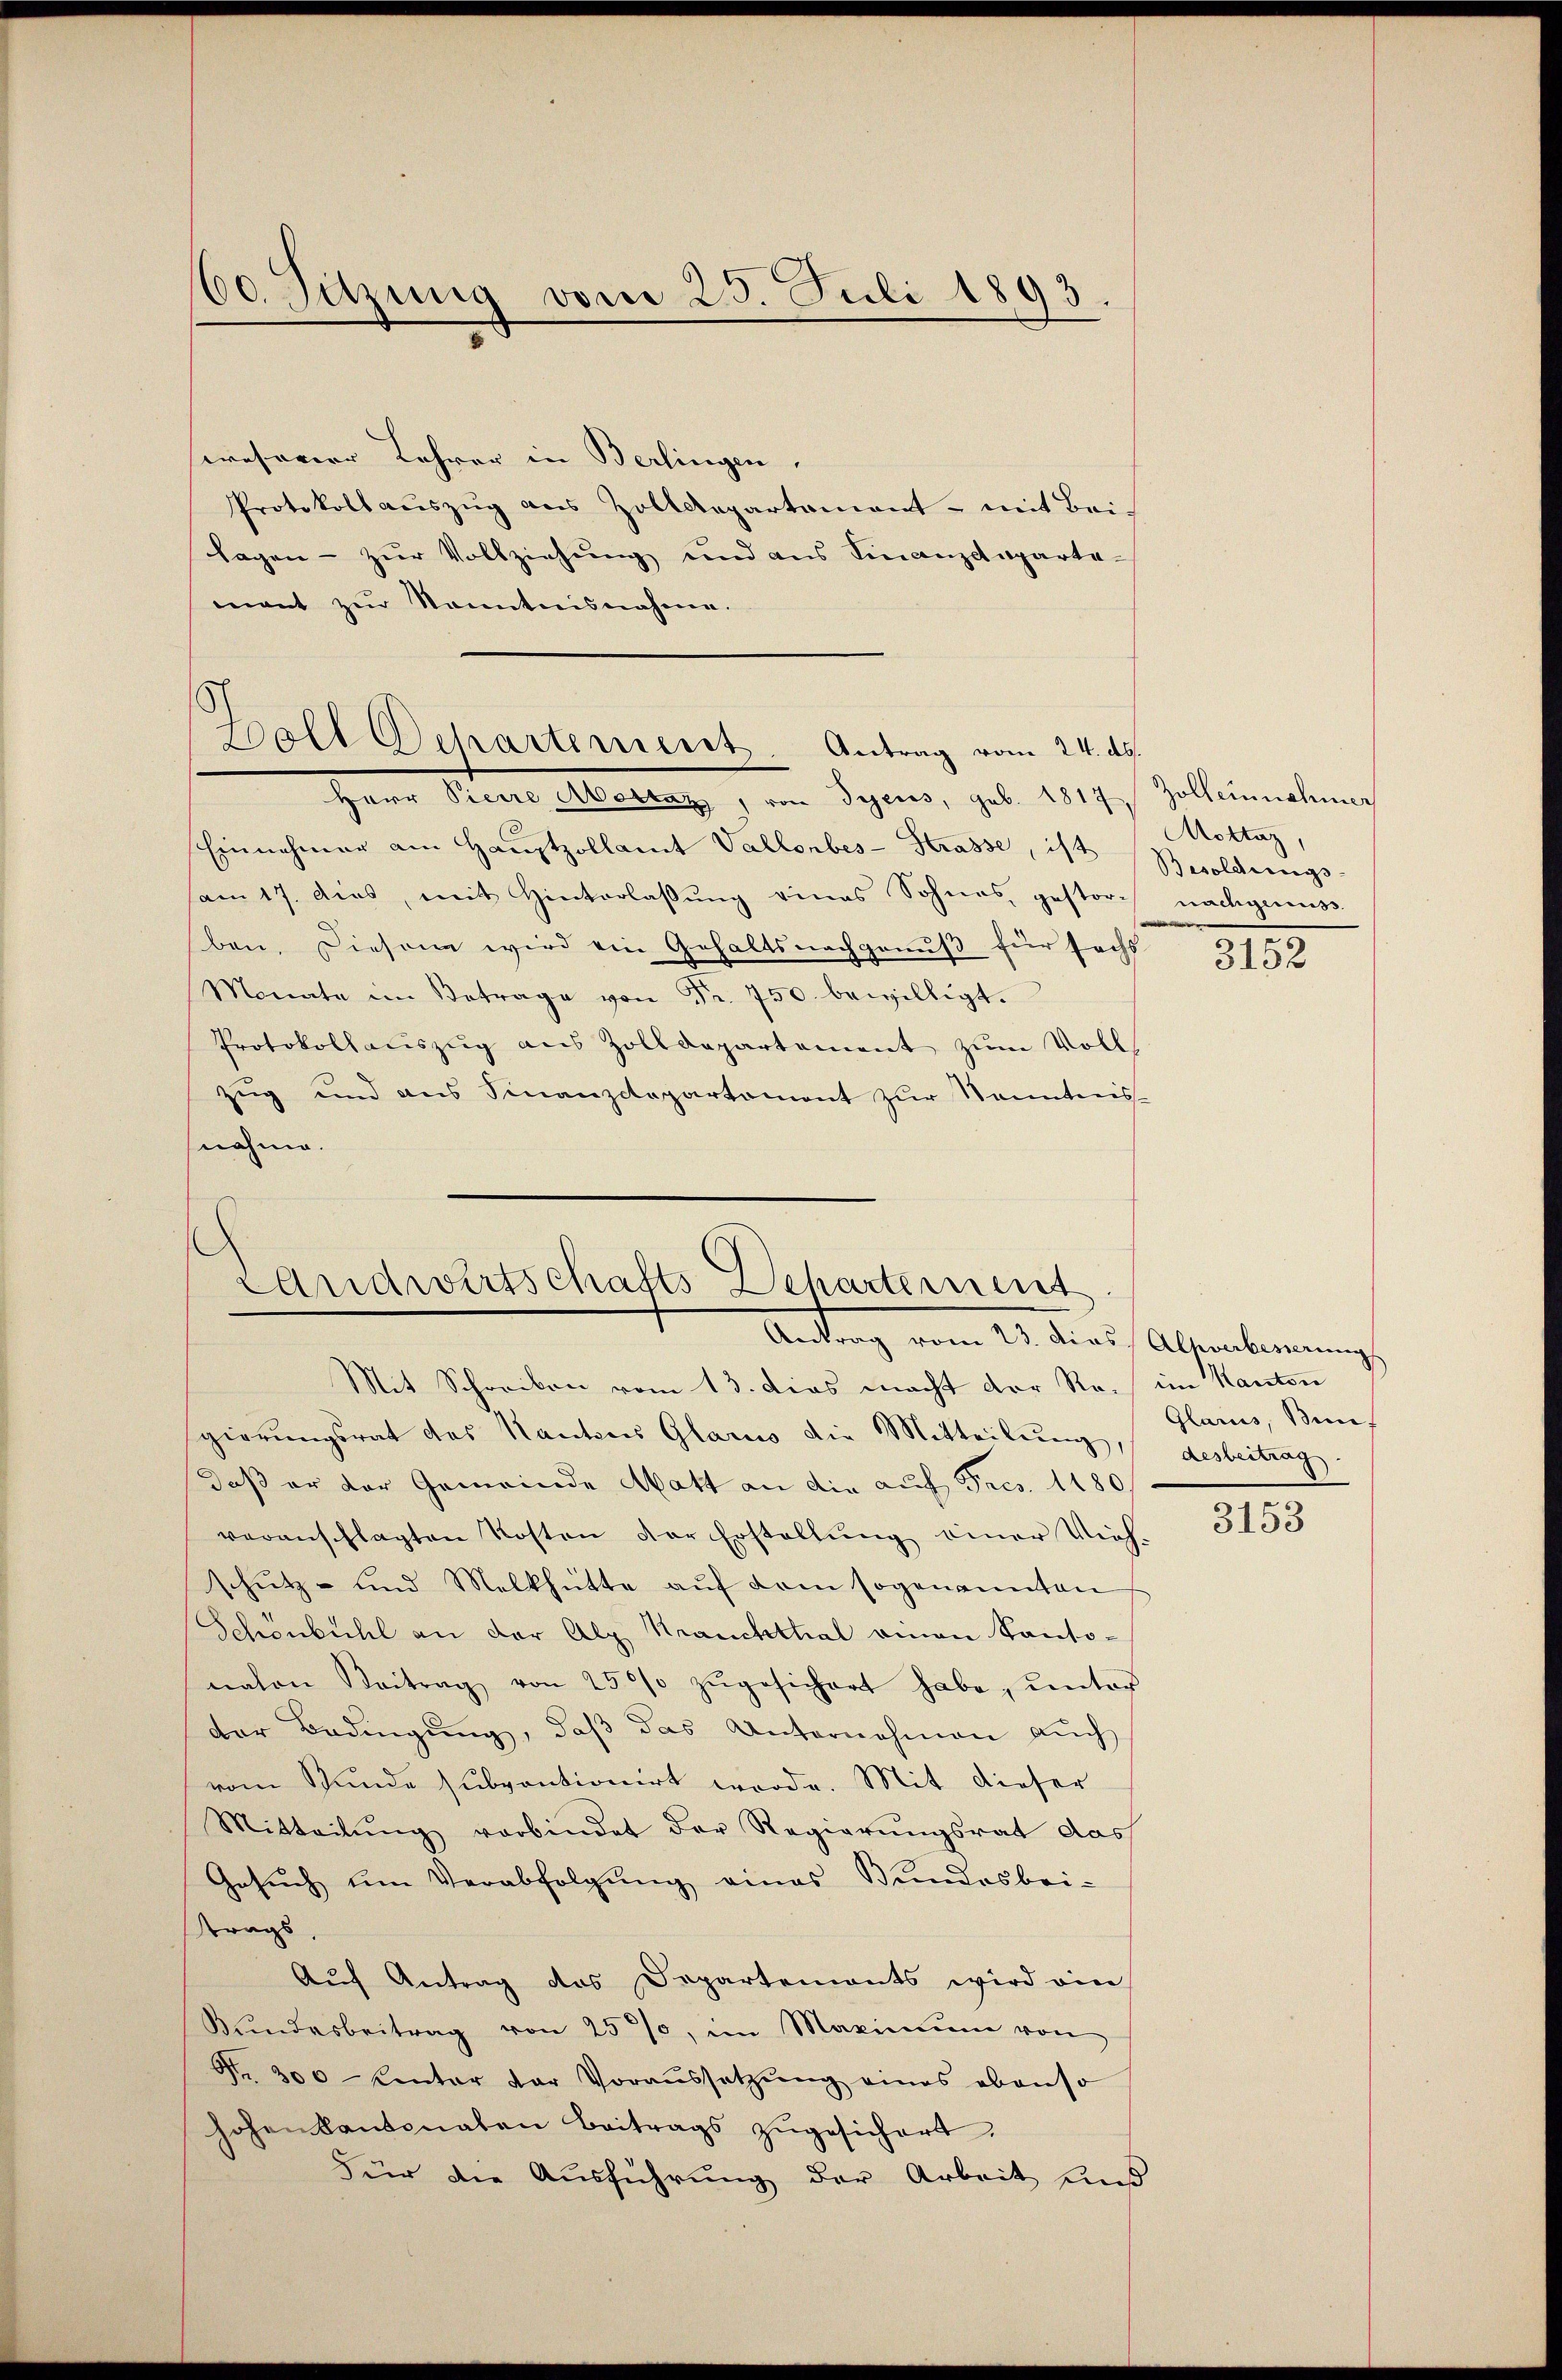
60. Sitzung vom 25. Juli 1893

weserer Lehrer in Berlingen.
Protokoll aŭszŭg aus Zolldepartament - mit Bei-
lagen - zur Vollziehung und aus Finanzdeparta-
mant zŭr Kenntnisnahme.

Hall Departement. Antrag vom 24. ds.

Herr Pierre Mottaz, von Seeres, geb. 1817 Zollernehmer
Einnehmer am Hauptzollamt Vallonbes-Strasse, ist
am 17. dies, mit Hinterlassŭng eines Sohnes, gestorch nachgenuss
ben. Diesem wird ein Gehaltsnachgenus für sechs
Monate im Betrage von Fr. 750. bewilligt.
Protokollauszug aus Zolldepartement zum Voll
zug und aus Finanzdepartament zur Kenntnis-
nahme.

Landwirtschafts Dehartement
Antrag vom 23. dies Achverbesserung
Mit Schreiben vom 13. dies macht der Ro. im Kanton

gierungsrat des Kantons Glarus die Mitteilŭng desbeitrag
daß er der Gemeinde Matt an die auf Fres. 1180/
veranschlagten Kosten der Erstellŭng einer Vieh-
schutz- und Melkhütte auf dem sogenannten
Schönbühl an der Alp Krauchthal einen Kantonahen Beitrag von 250% zŭgesichert habe, unter
der Bedingŭng, daβ das Unternehmen auch
vom Bunde subventionirt werde. Mit dieser
Mitteilŭng verbindet der Regierŭngsrat das
Gesŭch ŭm Verabfolgŭng eines Bundesbei-
trags,
Auf Antrag des Departemonts wird ein
Bŭndesbeitrag von 25%, im Maximum von
Nr. 300 - kinter der Voraŭssetzŭng eines ebenso
hohen kantonalen Beitrags zŭgesichert.
Für die Ausführung der Arbeit und

Mottaz,
Besoldungs

3152

Glarus, Bin.

3153